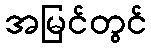
အမြင်တွင်